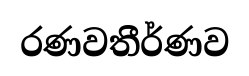
රණවතීර්ණව